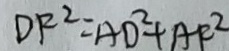
D F ^ { 2 } = A D ^ { 2 } + A F ^ { 2 }